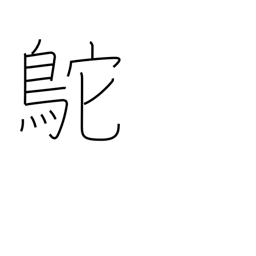
Meaning: Chinese ostrich